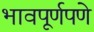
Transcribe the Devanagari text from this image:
भावपूर्णपणे